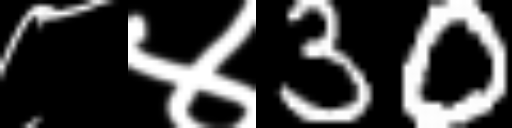
Text: ८४30